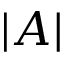
\lvert A \rvert